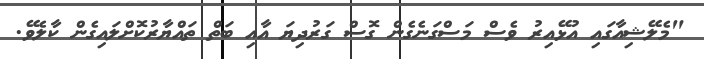
"މެލޭޝިއާގައި އުޅޭއިރު ވެސް މަސްގަނެެގެން ގޮސް ގަރުދިޔަ އާއި ބަތް ތައްޔާރުކޮށްލައިގެން ކާލެވޭ.